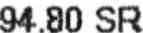
94.80 SR